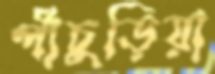
পাঁচুড়িয়া